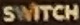
SWITCH